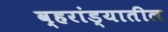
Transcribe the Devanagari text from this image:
व्हरांड्यातील